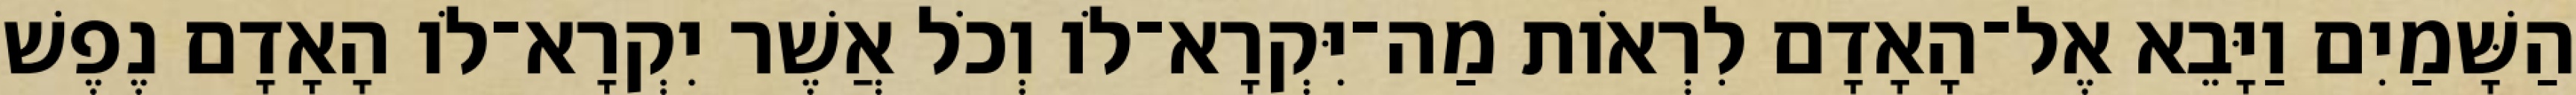
הַשָּׁמַיִם וַיָּבֵא אֶל־הָאָדָם לִרְאֹות מַה־יִּקְרָא־לֹו וְכֹל אֲשֶׁר יִקְרָא־לֹו הָאָדָם נֶפֶשׁ